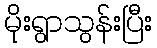
မိုးရွာသွန်းပြီး